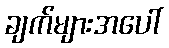
ချက်များအပေါ်